Vaccination in Burma 1900-1911 - 1900-1911
Year: 1900
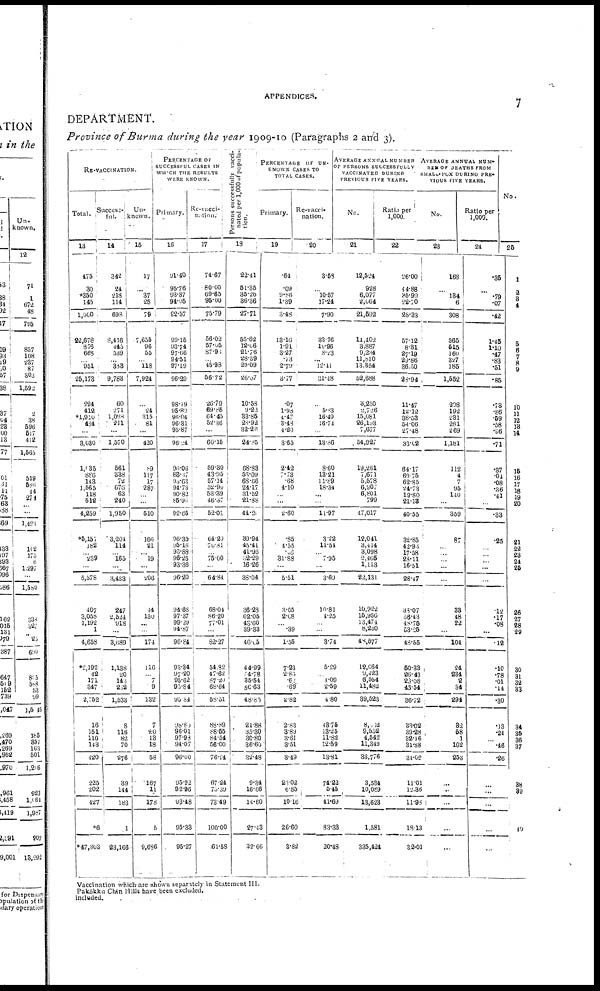
APPENDICES.
7
DEPARTMENT.
Province of Burma during the year 1909-10 (Paragraphs 2 and 3).
RE-VACCINATION.
Total.
13
475
30
*350
145
1,000
22,678
875
663
...
951
25,173
224
412
*1,910
484
...
3,030
1,135
886
143
1,565
118
512
4,259
*5,157
182
...
239
...
5,578
407
3,058
1,192
1
4,658
*2,192
42
171
347
2,752
16
151
110
143
420
225
202
127
*6
*47,303
Success-
ful.
14
342
24
218
114
698
8,416
445
539
...
383
9,783
60
271
1,028
211
...
1,570
561
338
72
676
63
214
1,950
3,204
114
...
165
...
3,183
247
2,524
918
...
3,689
1,138
20
143
232
1,533
8
116
82
70
276
39
144
183
1
23,166
Un-
known.
15
17
...
37
25
79
7,655
96
55
...
118
7,924
...
24
315
81
...
120
89
117
17
287
...
...
510
160
21
...
19
...
206
44
130
...
...
171
116
...
7
9
132
7
20 13
18
58
167
11
178
5
9,686
PERCENTAGE OF
SUCCESSFUL CASES IN
WHICH THE RESULTS
WERE KNOWN.
Primary.
16
91.40
95.76
93.37
94.05
92.57
99.15
93.74
97.66
94.51
97.19
96.29
98.19
95.80
96.04
96.31
95.87
96.24
96.06
88.37
93.63
91.73
90.83
85.96
92.65
96.35
95.16
93.88
96.25
93.36
96.20
91.68
97.37
99.29
91.87
96.84
93.34
97.20
95.62
95.84
95.84
98.80
96.01
97.98
91.07
96.00
95.92
92.96
93.48
95.33
95.27
Re-vacci-
nation.
17
71.67
80.00
69.65
95.00
75.79
56.02
57.05
87.98
...
45.93
56.72
26.79
69.85
61.45
52.36
...
60.15
59.30
13.95
57.14
52.96
53.39
16.37
52.01
61.20
70.81
...
75.00
...
61.84
68.04
86.20
77.01
...
82.27
51.82
17.62
87.20
68.64
58.51
83.89
88.55
81.54
56.00
76.24
67.21
75.39
73.19
100.00
61.58
P ersons successfully vacci-
nated per 1,000 of popula-
tion.
18
22.41
51.35
35.26
36.36
27.71
55.62
12.66
21.76
28.39
29.09
26.37
10.53
9.22
33.85
28.92
32.26
21.85
68.83
58.09
68.66
21.17
31.52
21.88
44.2
39.94
15.41
41.95
32.29
16.26
38.01
36.28
62.05
48.60
39.33
46.05
11.99
54.78
35.51
56.63
18.85
21.88
35.30
30.80
86.60
32.18
9.31
16.66
14.60
27.43
32.66
PERCENTAGE OF UN-
----- CASES TO
TOTAL CASES.
Primary.
19
.64
.09
9.86
1.39
3.48
13.16
1.91
3.27
.73
2.79
3.77
.07
1.98
4.17
3.48
4.20
3.65
2.42
7.73
.68
4.10
...
...
2.60
.85
4.55
.08
31.88
...
5.51
3.05
2.08
...
.39
1.55
7.23
2.83
.62
.69
2.82
2.83
3.89
3.61
3.51
3.19
23.02
6.85
10.16
26.60
3.82
Re-vacci-
nation.
20
3.58
...
10.57
17.24
7.90
33.76
10.96
8.23
...
12.41
31.48
...
5.83
16.19
16.74
...
13.86
8.60
13.23
11.89
18.34
...
...
11.97
3.22
11.54
...
7.95
...
3.69
10.81
4.25
...
...
3.74
5.29
...
.4.09
2.59
4.80
43.75
13.25
11.82
12.51
13.81
71.22
5.45
11.69
83.33
20.48
AVERAGE ANNUAL NUMBER
OF PERSONS SUCCESSFULLY
VACCINATED DURING
PREVIOUS FIVE YEARS.
No.
21
12,524
928
6,077
2,064
21,592
14,402
3,887
9,234
11,810
13,354
52,688
3,250
2,726
15,081
26,198
7,677
54,927
19,261
7,671
5,578
6,907
6,801
799
47,017
12,041
3,414
3,098
2,405
1,113
22.13
10,922
16,950
13,474
8,230
48,577
12,064
0,423
6,554
11,482
39,523
8,062
9,558
1,512
1,349
33,776
3,534
10,089
13,623
1,581
335,424
Ratio per
1,000.
22
26.00
41.88
36.99
22.70
28.33
57.12
8.31
27.19
29.86
36.50
28.94
11.47
12.12
38.53
54.06
27.18
33.02
64.17
60.75
62.85
21.73
19.80
21.13
10.55
32.85
42.91
17.58
28.11
16.51
28.47
33.07
56.43
48.75
53.25
48.55
50.33
26.43
28.08
13.54
36.72
33.02
39.28
32.16
31.88
31.02
11.01
12.36
11.98
18.13
32.01
AVERAGE ANNUAL NUM-
BER OF DEATHS FROM
SMALL-POX DURING PRE-
VIOUS FIVE YEARS.
No.
23
168
...
134
6
308
365
515
160
327
185
1,552
208
192
231
281
269
1,181
112
4
7
95
140
...
359
87
...
...
...
...
...
33
18
22
...
104
24
234
2
34
294
82
58
1
162
253
...
...
...
...
...
Ratio per
1,000.
24
.35
...
.79
.07
.42
1.45
1.10
.17
.83
.51
.85
.73
.86
.59
.58
.96
.71
.87
04
.08
.36
.41
...
.33
.25
...
...
...
...
...
.12
.17
.08
...
.12
.10
.78
.01
.11
.30
.13
.24
...
.46
.26
...
...
...
...
...
No.
25
1
...
3
4
5
6
7 8
9
10
11
12
13
14
15
16
17
18
19
20
...
21
22
23
24
25
26
27
28
29
30
31
32
33
34
34
35
36
37
38
39
40
...
Vaccination which are shown separately in Statement III.
Pakôkku Chin Hills have been excluded.
included.